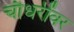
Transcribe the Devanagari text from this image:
चौधरींवर